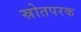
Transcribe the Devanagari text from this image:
स्रोतपरक